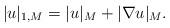
LaTeX: \begin{align*}\vert u \vert_{1,M} = |u|_M + |\nabla u|_M.\end{align*}